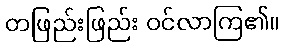
တဖြည်းဖြည်း ဝင်လာကြ၏။